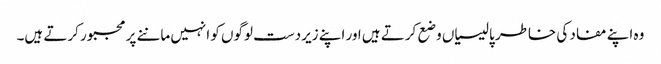
وہ اپنے مفاد کی خاطر پالیسیاں وضع کرتے ہیں اور اپنے زیردست لوگوں کو انہیں ماننے پر مجبور کرتے ہیں۔